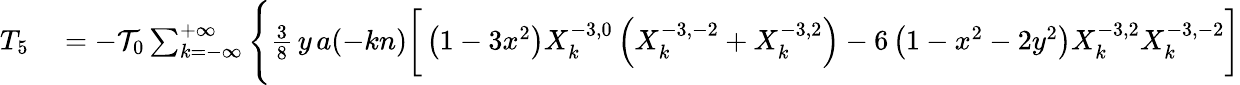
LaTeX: \begin{array}{rl}{T_{5}}&{{}=-{\cal T}_{0}\sum_{k=-\infty}^{+\infty}\Bigg\{ \frac{3}{8}\, y\, a(-kn)\bigg[\left(1-3x^{2}\right)X_{k}^{-3,0}\left(X_{k}^{-3,-2}+X_{k}^{-3,2}\right)-6\left(1-x^{2}-2y^{2}\right)X_{k}^{-3,2}X_{k}^{-3,-2}\bigg]}\end{array}